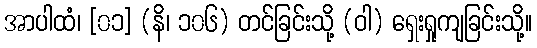
အာပါထံ၊ [၀၁] (နိ၊ ၁၀၆) တင်ခြင်းသို့ (ဝါ) ရှေးရှုကျခြင်းသို့။